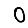
Digit: 0